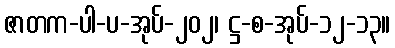
ဇာတက-ပါ-ပ-အုပ်-၂၀၂၊ ဋ္ဌ-စ-အုပ်-၁၂-၁၃။